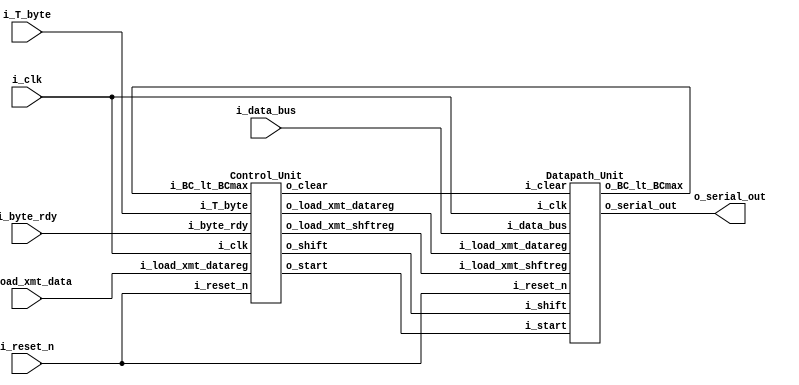
//UART Transmitter - design from book
//specify loadable shift register(muxes with control) or revolving selector(state machine with counter) for parallel to serial conversion
//hardware implementation: clock controlled by pushbutton?? load data on 7 seg
module assignment_8#(
parameter word_size = 8)
(
output o_serial_out,
input [word_size-1:0] i_data_bus, 

input i_load_xmt_data, //load the data reg
input i_byte_rdy, //ready for transmission
input i_T_byte, //start transmission
input i_clk,
input i_reset_n
);

wire w_load_xmt_datareg;
wire w_load_xmt_shftreg;
wire w_start;
wire w_shift;
wire w_clear;
wire w_BC_lt_BCmax;

//instantiate control unit
Control_Unit cu0(

//to/from the data path module	
.o_load_xmt_datareg (w_load_xmt_datareg),
.o_load_xmt_shftreg (w_load_xmt_shftreg),
.o_start (w_start),
.o_shift (w_shift),
.o_clear (w_clear),
.i_BC_lt_BCmax (w_BC_lt_BCmax),

//from the top module
.i_load_xmt_datareg (i_load_xmt_data),
.i_byte_rdy (i_byte_rdy),
.i_T_byte (i_T_byte),

.i_clk (i_clk),
.i_reset_n (i_reset_n)
);


//instantiate datapath unit
Datapath_Unit du0(
//to top module
.o_serial_out (o_serial_out),
.i_data_bus (i_data_bus),

.i_clk (i_clk),
.i_reset_n (i_reset_n),

//to/from control unit module
.o_BC_lt_BCmax (w_BC_lt_BCmax),
.i_load_xmt_datareg (w_load_xmt_datareg),
.i_load_xmt_shftreg (w_load_xmt_shftreg),
.i_start (w_start),
.i_shift (w_shift),
.i_clear (w_clear)
);
endmodule

module Control_Unit#(
parameter one_hot_cnt = 3, //one hot states
parameter state_cnt = one_hot_cnt, //bits in state reg
parameter size_bit_cnt = 3,
parameter idle = 3'b001, //one hot encoding
parameter waiting = 3'b010,
parameter sending = 3'b100,
parameter all_ones = 9'b1_1111_1111
)
(
output reg o_load_xmt_datareg, //load the data bus to XMT datareg
output reg o_load_xmt_shftreg, //load XMT data reg to XMT shiftreg
output reg o_start,  		//launch bitshifting in XMT shiftreg
output reg o_shift,			//shift bits in XMT shiftreg
output reg o_clear,       //clear bit_count after last msg
input i_load_xmt_datareg,  //assert load datareg in state idle
input i_byte_rdy,  //assert load shiftreg in state idle
input i_T_byte,
input i_BC_lt_BCmax,
input i_clk,
input i_reset_n
);
reg [state_cnt-1:0]r_state;
reg [state_cnt-1:0]r_next_state;

always@(r_state, i_load_xmt_datareg,i_byte_rdy,i_T_byte,i_BC_lt_BCmax) //define output and next state
begin
o_load_xmt_datareg = 0;
o_load_xmt_shftreg = 0;
o_start = 0;
o_shift = 0;
o_clear = 0;
r_next_state = idle;

case(r_state)
idle:	if(i_load_xmt_datareg == 1'b1)
		begin
		o_load_xmt_datareg = 1;
		r_next_state = idle;
		end
		else if (i_byte_rdy == 1'b1)
		begin
		o_load_xmt_shftreg = 1;
		r_next_state = waiting;
		end	
waiting: if(i_T_byte == 1)
		 begin
		 o_start = 1;
		 r_next_state = sending;
		 end else r_next_state = waiting;
sending: if(i_BC_lt_BCmax)
		 begin
		 o_shift = 1;
		 r_next_state = sending;
		 end
		 else begin
		 o_clear = 1;
		 r_next_state = idle;
		 end
default: r_next_state = idle;
endcase
end
always@(posedge i_clk, negedge i_reset_n) //perform state transitions
begin
if(i_reset_n == 1'b0)
r_state <= idle;
else r_state <= r_next_state;
end
endmodule

module Datapath_Unit#(
parameter word_size = 8,
parameter size_bit_cnt =3,
parameter all_ones = {(word_size+1){1'b1}}
)
(
output o_serial_out,
output o_BC_lt_BCmax,
input [word_size-1:0] i_data_bus,
input i_load_xmt_datareg,
input i_load_xmt_shftreg,
input i_start,
input i_shift,
input i_clear,
input i_clk,
input i_reset_n
);

reg [word_size-1:0] r_xmt_datareg;
reg [word_size:0] r_xmt_shftreg;
reg [size_bit_cnt:0] r_bit_cnt;

assign o_serial_out = r_xmt_shftreg[0];
assign o_BC_lt_BCmax = (r_bit_cnt < word_size + 1);

always@(posedge i_clk, negedge i_reset_n) //register transfers
if(~i_reset_n)
begin
r_xmt_shftreg <= all_ones;
r_bit_cnt <= 0;
end
else begin
if(i_load_xmt_datareg == 1'b1) r_xmt_datareg <= i_data_bus; //get data bus
if(i_load_xmt_shftreg == 1'b1) r_xmt_shftreg <= {r_xmt_datareg, 1'b1}; //load shift reg, insert stop bit

if(i_start== 1'b1) r_xmt_shftreg[0] <= 0; //start xmission
if(i_clear == 1'b1) r_bit_cnt <= 0;
if(i_shift == 1'b1) begin
r_xmt_shftreg <= {1'b1, r_xmt_shftreg[word_size:1]}; //shift right, fill with 1s
r_bit_cnt <= r_bit_cnt + 1;
end
end

endmodule